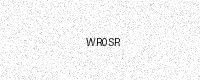
Text: WR0SR